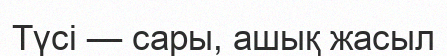
Түсі — сары, ашық жасыл